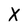
Character: X